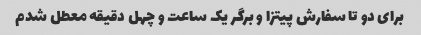
برای دو تا سفارش پیتزا و برگر یک ساعت و چهل دقیقه معطل شدم